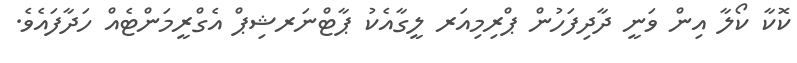
ކޮކާ ކޯލާ އިން ވަނީ ދާދިފަހުން ޕްރިމިއަރ ލީގާއެކު ޕާޓްނަރޝިޕް އެގްރީމަންޓެއް ހަދާފައެވެ.